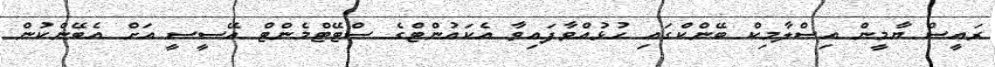
ރައީސް ޔާމީން އިސްލާމިކް ބޭންކްގައި ހުޅުއްވާފައިވާ އެކައުންޓްގެ ސްޓޭޓްމެންޓް އޭސީސީ އަށް އެބޭންކުން